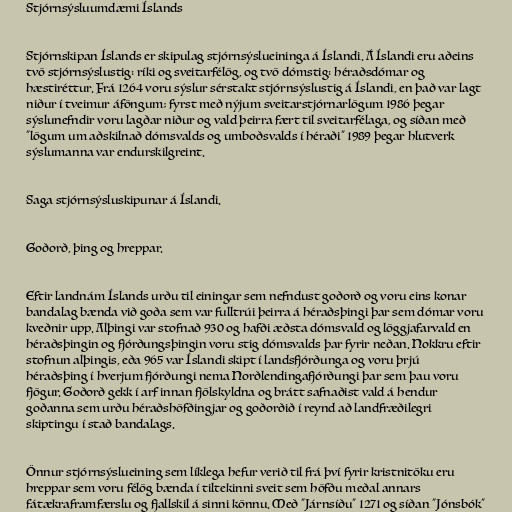
Stjórnsýsluumdæmi Íslands

Stjórnskipan Íslands er skipulag stjórnsýslueininga á Íslandi. Á Íslandi eru aðeins
tvö stjórnsýslustig: ríki og sveitarfélög, og tvö dómstig: héraðsdómar og
hæstiréttur. Frá 1264 voru sýslur sérstakt stjórnsýslustig á Íslandi, en það var lagt
niður í tveimur áföngum; fyrst með nýjum sveitarstjórnarlögum 1986 þegar
sýslunefndir voru lagðar niður og vald þeirra fært til sveitarfélaga, og síðan með
"lögum um aðskilnað dómsvalds og umboðsvalds í héraði" 1989 þegar hlutverk
sýslumanna var endurskilgreint.

Saga stjórnsýsluskipunar á Íslandi.

Goðorð, þing og hreppar.

Eftir landnám Íslands urðu til einingar sem nefndust goðorð og voru eins konar
bandalag bænda við goða sem var fulltrúi þeirra á héraðsþingi þar sem dómar voru
kveðnir upp. Alþingi var stofnað 930 og hafði æðsta dómsvald og löggjafarvald en
héraðsþingin og fjórðungsþingin voru stig dómsvalds þar fyrir neðan. Nokkru eftir
stofnun alþingis, eða 965 var Íslandi skipt í landsfjórðunga og voru þrjú
héraðsþing í hverjum fjórðungi nema Norðlendingafjórðungi þar sem þau voru
fjögur. Goðorð gekk í arf innan fjölskyldna og brátt safnaðist vald á hendur
goðanna sem urðu héraðshöfðingjar og goðorðið í reynd að landfræðilegri
skiptingu í stað bandalags.

Önnur stjórnsýslueining sem líklega hefur verið til frá því fyrir kristnitöku eru
hreppar sem voru félög bænda í tiltekinni sveit sem höfðu meðal annars
fátækraframfærslu og fjallskil á sinni könnu. Með "Járnsíðu" 1271 og síðan "Jónsbók"